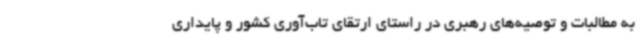
به مطالبات و توصیه‌های رهبری در راستای ارتقای تاب‌آوری کشور و پایداری